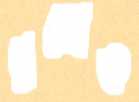
ধসেও